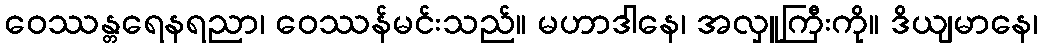
ဝေဿန္တရေနရညာ၊ ဝေဿန်မင်းသည်။ မဟာဒါနေ၊ အလှူကြီးကို။ ဒိယျမာနေ၊